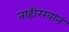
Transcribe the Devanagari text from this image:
ताहीरखान